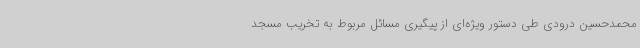
محمدحسین درودی طی دستور ویژه‌ای از پیگیری مسائل مربوط به تخریب مسجد